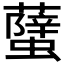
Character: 𧒣